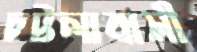
চট্টলাবাসী